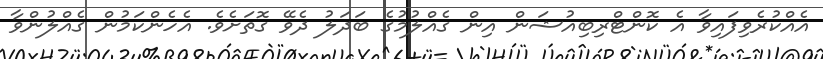
އެއްކުރެވިފައިވާ އެ ކޮންޓްރިބިއުޝަން އިން ގެއްލުމުގެ ބަދަލު ދެވޭ ގޮތަށެވެ. އެހެންކަމުން ގެއްލުންވާ